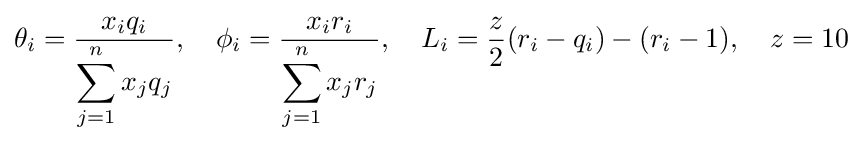
\theta _{i}={\frac {x_{i}q_{i}}{\displaystyle \sum _{j=1}^{n}x_{j}q_{j}}},\quad \phi _{i}={\frac {x_{i}r_{i}}{\displaystyle \sum _{j=1}^{n}x_{j}r_{j}}},\quad L_{i}={\frac {z}{2}}(r_{i}-q_{i})-(r_{i}-1),\quad z=10